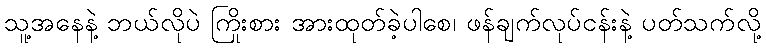
သူ့အနေနဲ့ ဘယ်လိုပဲ ကြိုးစား အားထုတ်ခဲ့ပါစေ၊ ဖန်ချက်လုပ်ငန်းနဲ့ ပတ်သက်လို့